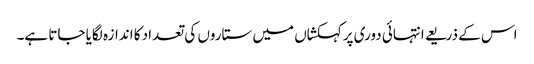
اس کے ذریعے انتہائی دوری پرکہکشاں میں ستاروں کی تعداد کا اندازہ لگایا جاتا ہے۔